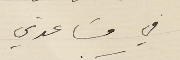
في مسَاعدتي